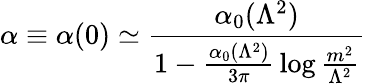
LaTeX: \alpha\equiv\alpha(0)\simeq{\frac{\alpha_{0}(\Lambda^{2})}{1-{\frac{\alpha_{0}(\Lambda^{2})}{3\pi}}\log{\frac{m^{2}}{\Lambda^{2}}}}}